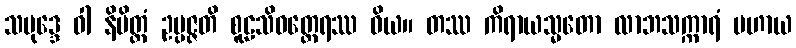
သမုဒ္ဒေ ဝါ နိမိတ္တံ ဥပ္ပဇ္ဇတိ စူဠသိဝတ္ထေရဿ ဝိယ။ တဿ ကိရာယသ္မတော လာဘသက္ကာရံ ပဟာယ